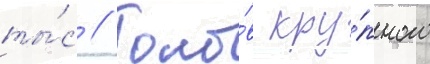
ты́с // Голо́в кру́пного